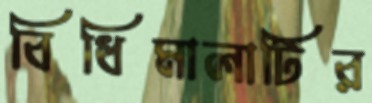
বিধিমালাটির